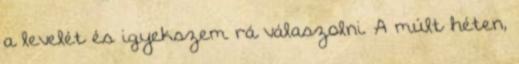
a levelét és igyekszem rá válaszolni. A múlt héten,